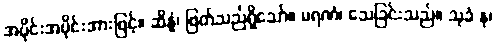
အပိုင်းအပိုင်းအားဖြင့်။ ဆိန္နံ၊ ဖြတ်သည်ရှိသော်။ မရဏံ၊ သေခြင်းသည်။ သုခံ နု၊